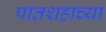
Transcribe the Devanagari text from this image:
पातशहाच्या